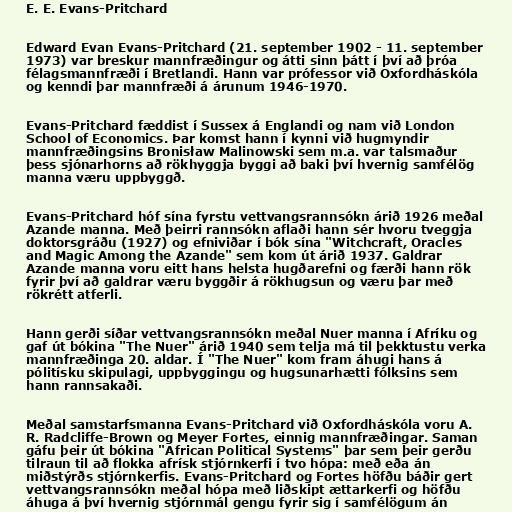
E. E. Evans-Pritchard

Edward Evan Evans-Pritchard (21. september 1902 - 11. september
1973) var breskur mannfræðingur og átti sinn þátt í því að þróa
félagsmannfræði í Bretlandi. Hann var prófessor við Oxfordháskóla
og kenndi þar mannfræði á árunum 1946-1970.

Evans-Pritchard fæddist í Sussex á Englandi og nam við London
School of Economics. Þar komst hann í kynni við hugmyndir
mannfræðingsins Bronisław Malinowski sem m.a. var talsmaður
þess sjónarhorns að rökhyggja byggi að baki því hvernig samfélög
manna væru uppbyggð.

Evans-Pritchard hóf sína fyrstu vettvangsrannsókn árið 1926 meðal
Azande manna. Með þeirri rannsókn aflaði hann sér hvoru tveggja
doktorsgráðu (1927) og efniviðar í bók sína "Witchcraft, Oracles
and Magic Among the Azande" sem kom út árið 1937. Galdrar
Azande manna voru eitt hans helsta hugðarefni og færði hann rök
fyrir því að galdrar væru byggðir á rökhugsun og væru þar með
rökrétt atferli.

Hann gerði síðar vettvangsrannsókn meðal Nuer manna í Afríku og
gaf út bókina "The Nuer" árið 1940 sem telja má til þekktustu verka
mannfræðinga 20. aldar. Í "The Nuer" kom fram áhugi hans á
pólitísku skipulagi, uppbyggingu og hugsunarhætti fólksins sem
hann rannsakaði.

Meðal samstarfsmanna Evans-Pritchard við Oxfordháskóla voru A.
R. Radcliffe-Brown og Meyer Fortes, einnig mannfræðingar. Saman
gáfu þeir út bókina "African Political Systems" þar sem þeir gerðu
tilraun til að flokka afrísk stjórnkerfi í tvo hópa: með eða án
miðstýrðs stjórnkerfis. Evans-Pritchard og Fortes höfðu báðir gert
vettvangsrannsókn meðal hópa með liðskipt ættarkerfi og höfðu
áhuga á því hvernig stjórnmál gengu fyrir sig í samfélögum án